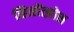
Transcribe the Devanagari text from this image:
व्हित्सेंत्झोस